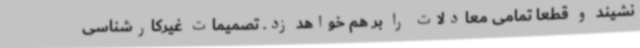
‌نشیند و قطعا تمامی معادلات را بر هم خواهد زد. تصمیمات غیرکارشناسی